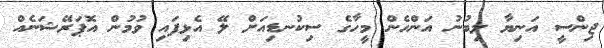
ޖިންސީ އަނިޔާ ލިބުނު އަންހެން މީހާގެ ސިކުނޑިއަށް ލޭ އެޅިފައި ވުމުން އޮޕަރޭޝަނެއް